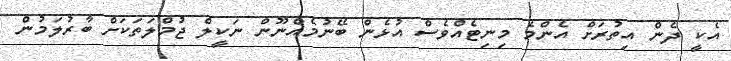
އެކީ ދެން އިތުރަށް އެންމެ މިނިޓެއްވެސް އުޅެން ބޭނުމެއްނޫން ނަކީލް ޖުމްލަތަކަށް ބާރުލަމުން